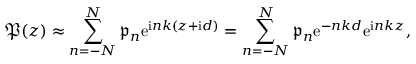
\mathfrak { P } ( z ) \approx \sum _ { n = - N } ^ { N } \mathfrak { p } _ { n } \mathrm { e } ^ { \mathrm { i } n k ( z + \mathrm { i } d ) } = \sum _ { n = - N } ^ { N } \mathfrak { p } _ { n } \mathrm { e } ^ { - n k d } \mathrm { e } ^ { \mathrm { i } n k z } ,